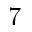
7